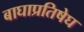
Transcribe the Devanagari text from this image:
बाघाप्रतिषेघ